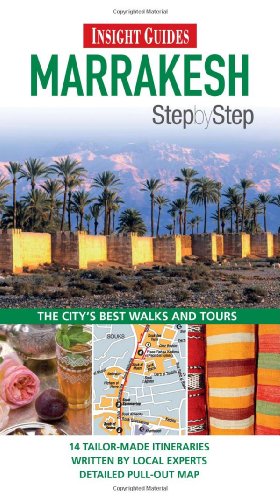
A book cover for Marrakesh (Step by Step); Insight Guides; Travel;